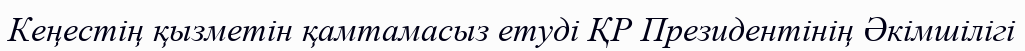
Кеңестің қызметін қамтамасыз етуді ҚР Президентінің Әкімшілігі